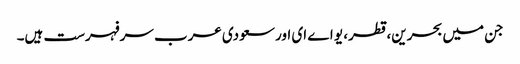
جن میں بحرین، قطر، یو اے ای اور سعودی عرب سرفہرست ہیں۔